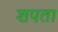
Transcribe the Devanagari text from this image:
शपता